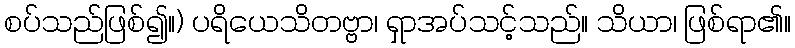
စပ်သည်ဖြစ်၍။) ပရိယေသိတဗ္ဗာ၊ ရှာအပ်သင့်သည်။ သိယာ၊ ဖြစ်ရာ၏။